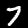
Digit: 7